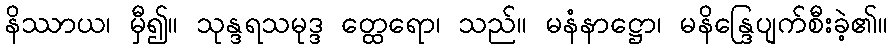
နိဿာယ၊ မှီ၍။ သုန္ဒရသမုဒ္ဒ တ္ထေရော၊ သည်။ မနံနာဋ္ဌော၊ မနိန္ဒြေပျက်စီးခဲ့၏။